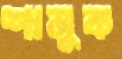
শানুক